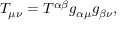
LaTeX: T _ { \mu \nu } = T ^ { \alpha \beta } g _ { \alpha \mu } g _ { \beta \nu } ,